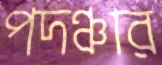
পদঞ্চার